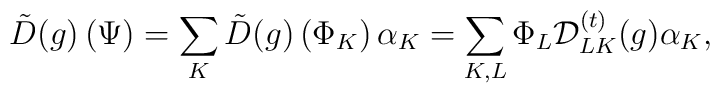
{\tilde D}(g)\left(\Psi \right)=\sum_K {\tilde D}(g)\left(\Phi_K\right)\alpha_K=\sum_{K, L} \Phi_L {\cal D}^{(t)}_{LK}(g)\alpha_K,